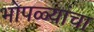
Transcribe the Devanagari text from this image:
भोपळ्यांचा